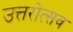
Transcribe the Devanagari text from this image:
उत्तरोत्सव